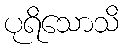
ပုရိသောသိ